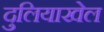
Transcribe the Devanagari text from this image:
दुलियाखेल